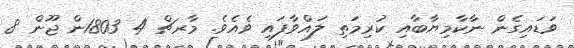
ވަޑައިގެން ނާކާމިޔާބާއި ކުރިމަތި ލައްވާފައި ވެއެވެ. މާރޗް 4 1803ން ޖޫން 8